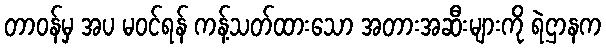
တာဝန်မှ အပ မဝင်ရန် ကန့်သတ်ထားသော အတားအဆီးများကို ရဲဌာနက